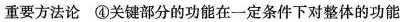
重要方法论 ④关键部分的功能在一定条件下对整体的功能